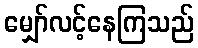
မျှော်လင့်နေကြသည်